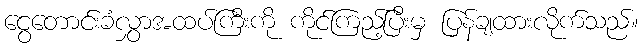
ငွေတောင်းခံလွှာအထပ်ကြီးကို ကိုင်ကြည့်ပြီးမှ ပြန်ချထားလိုက်သည်။